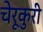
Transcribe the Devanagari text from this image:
चेरूकुरी